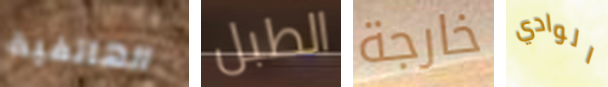
الهاتفية الطبل خارجة الوادي